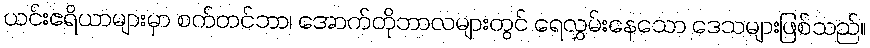
ယင်းဧရိယာများမှာ စက်တင်ဘာ၊ အောက်တိုဘာလများတွင် ရေလွှမ်းနေသော ဒေသများဖြစ်သည်။